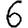
Digit: 6